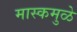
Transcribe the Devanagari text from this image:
मास्कमुळे